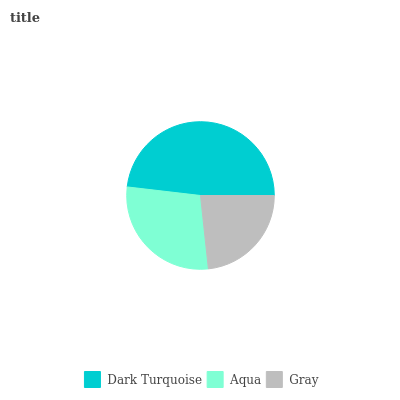
| Dark Turquoise | Aqua | Gray |
 | --- | --- | --- |
 | 48.2% | 28.5% | 23.2% |